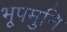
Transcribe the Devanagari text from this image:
भूपमुनि